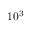
1 0 ^ { 3 }